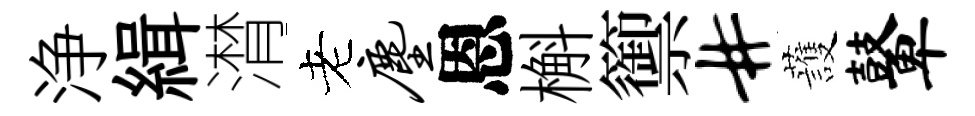
浄緝潸老尘恩槲籞#䕶鼙